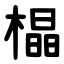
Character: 橸